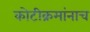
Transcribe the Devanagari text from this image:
कोटीक्रमांनाच